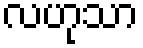
လဟုသာ